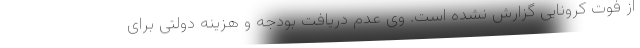
از فوت کرونایی گزارش نشده است. وی عدم دریافت بودجه و هزینه دولتی برای